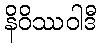
နိဝိဿဝါဒီ